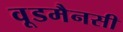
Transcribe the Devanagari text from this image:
वूडमैनसी